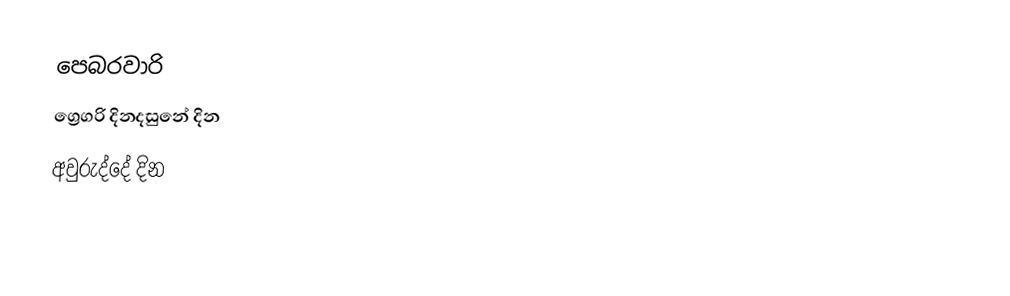
පෙබරවාරි
ග්‍රෙගරි දිනදසුනේ දින
අවුරුද්දේ දින